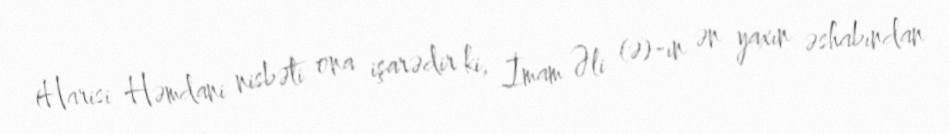
(Harisi Həmdani nisbəti ona işarədir ki, İmam Əli (ə)-ın ən yaxın əshabından